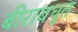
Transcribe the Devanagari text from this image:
बीरावधूत